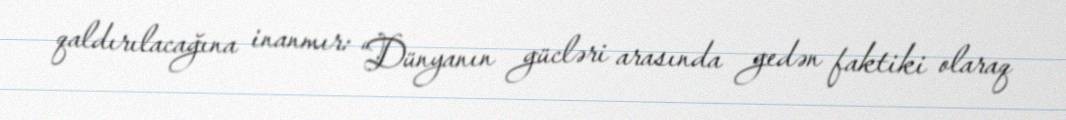
qaldırılacağına inanmır: “Dünyanın gücləri arasında gedən faktiki olaraq